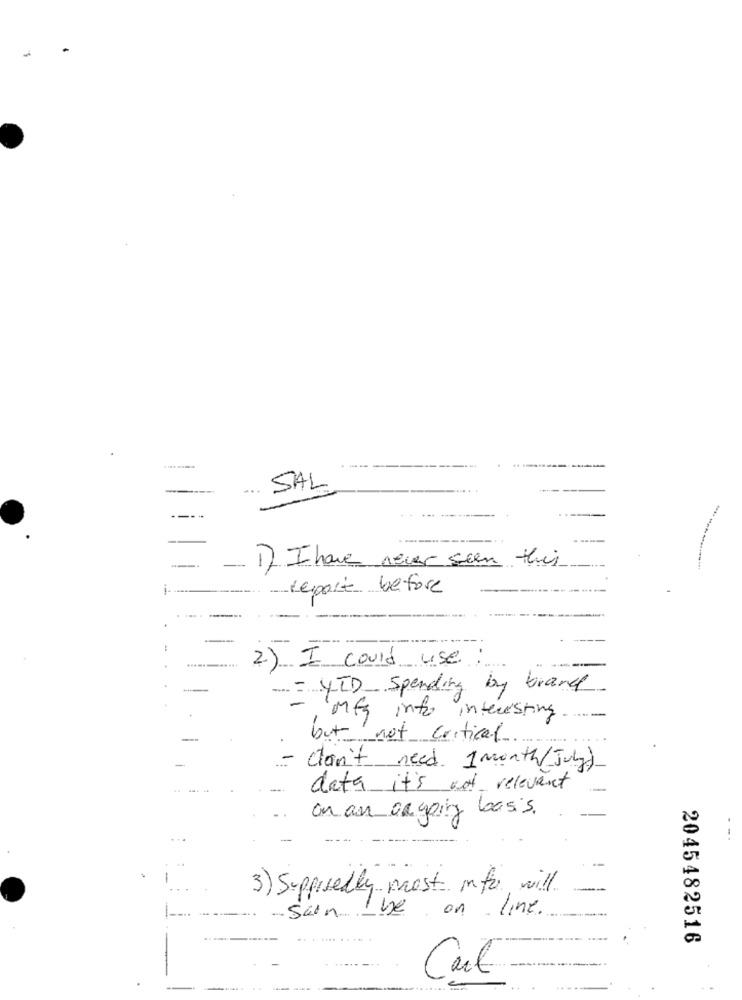
SAL
--- -
-
---.
1) I have never seen
report before
:
2) I could use
YID Spending by brand
Mfg info interesting.
--
but not cortical
................
- don't need 1 month/July)
data it's not relevant
-
on an ongoing basis.
-
3) Supposedly most info, will.
sein The on line.
2045482516
Cut